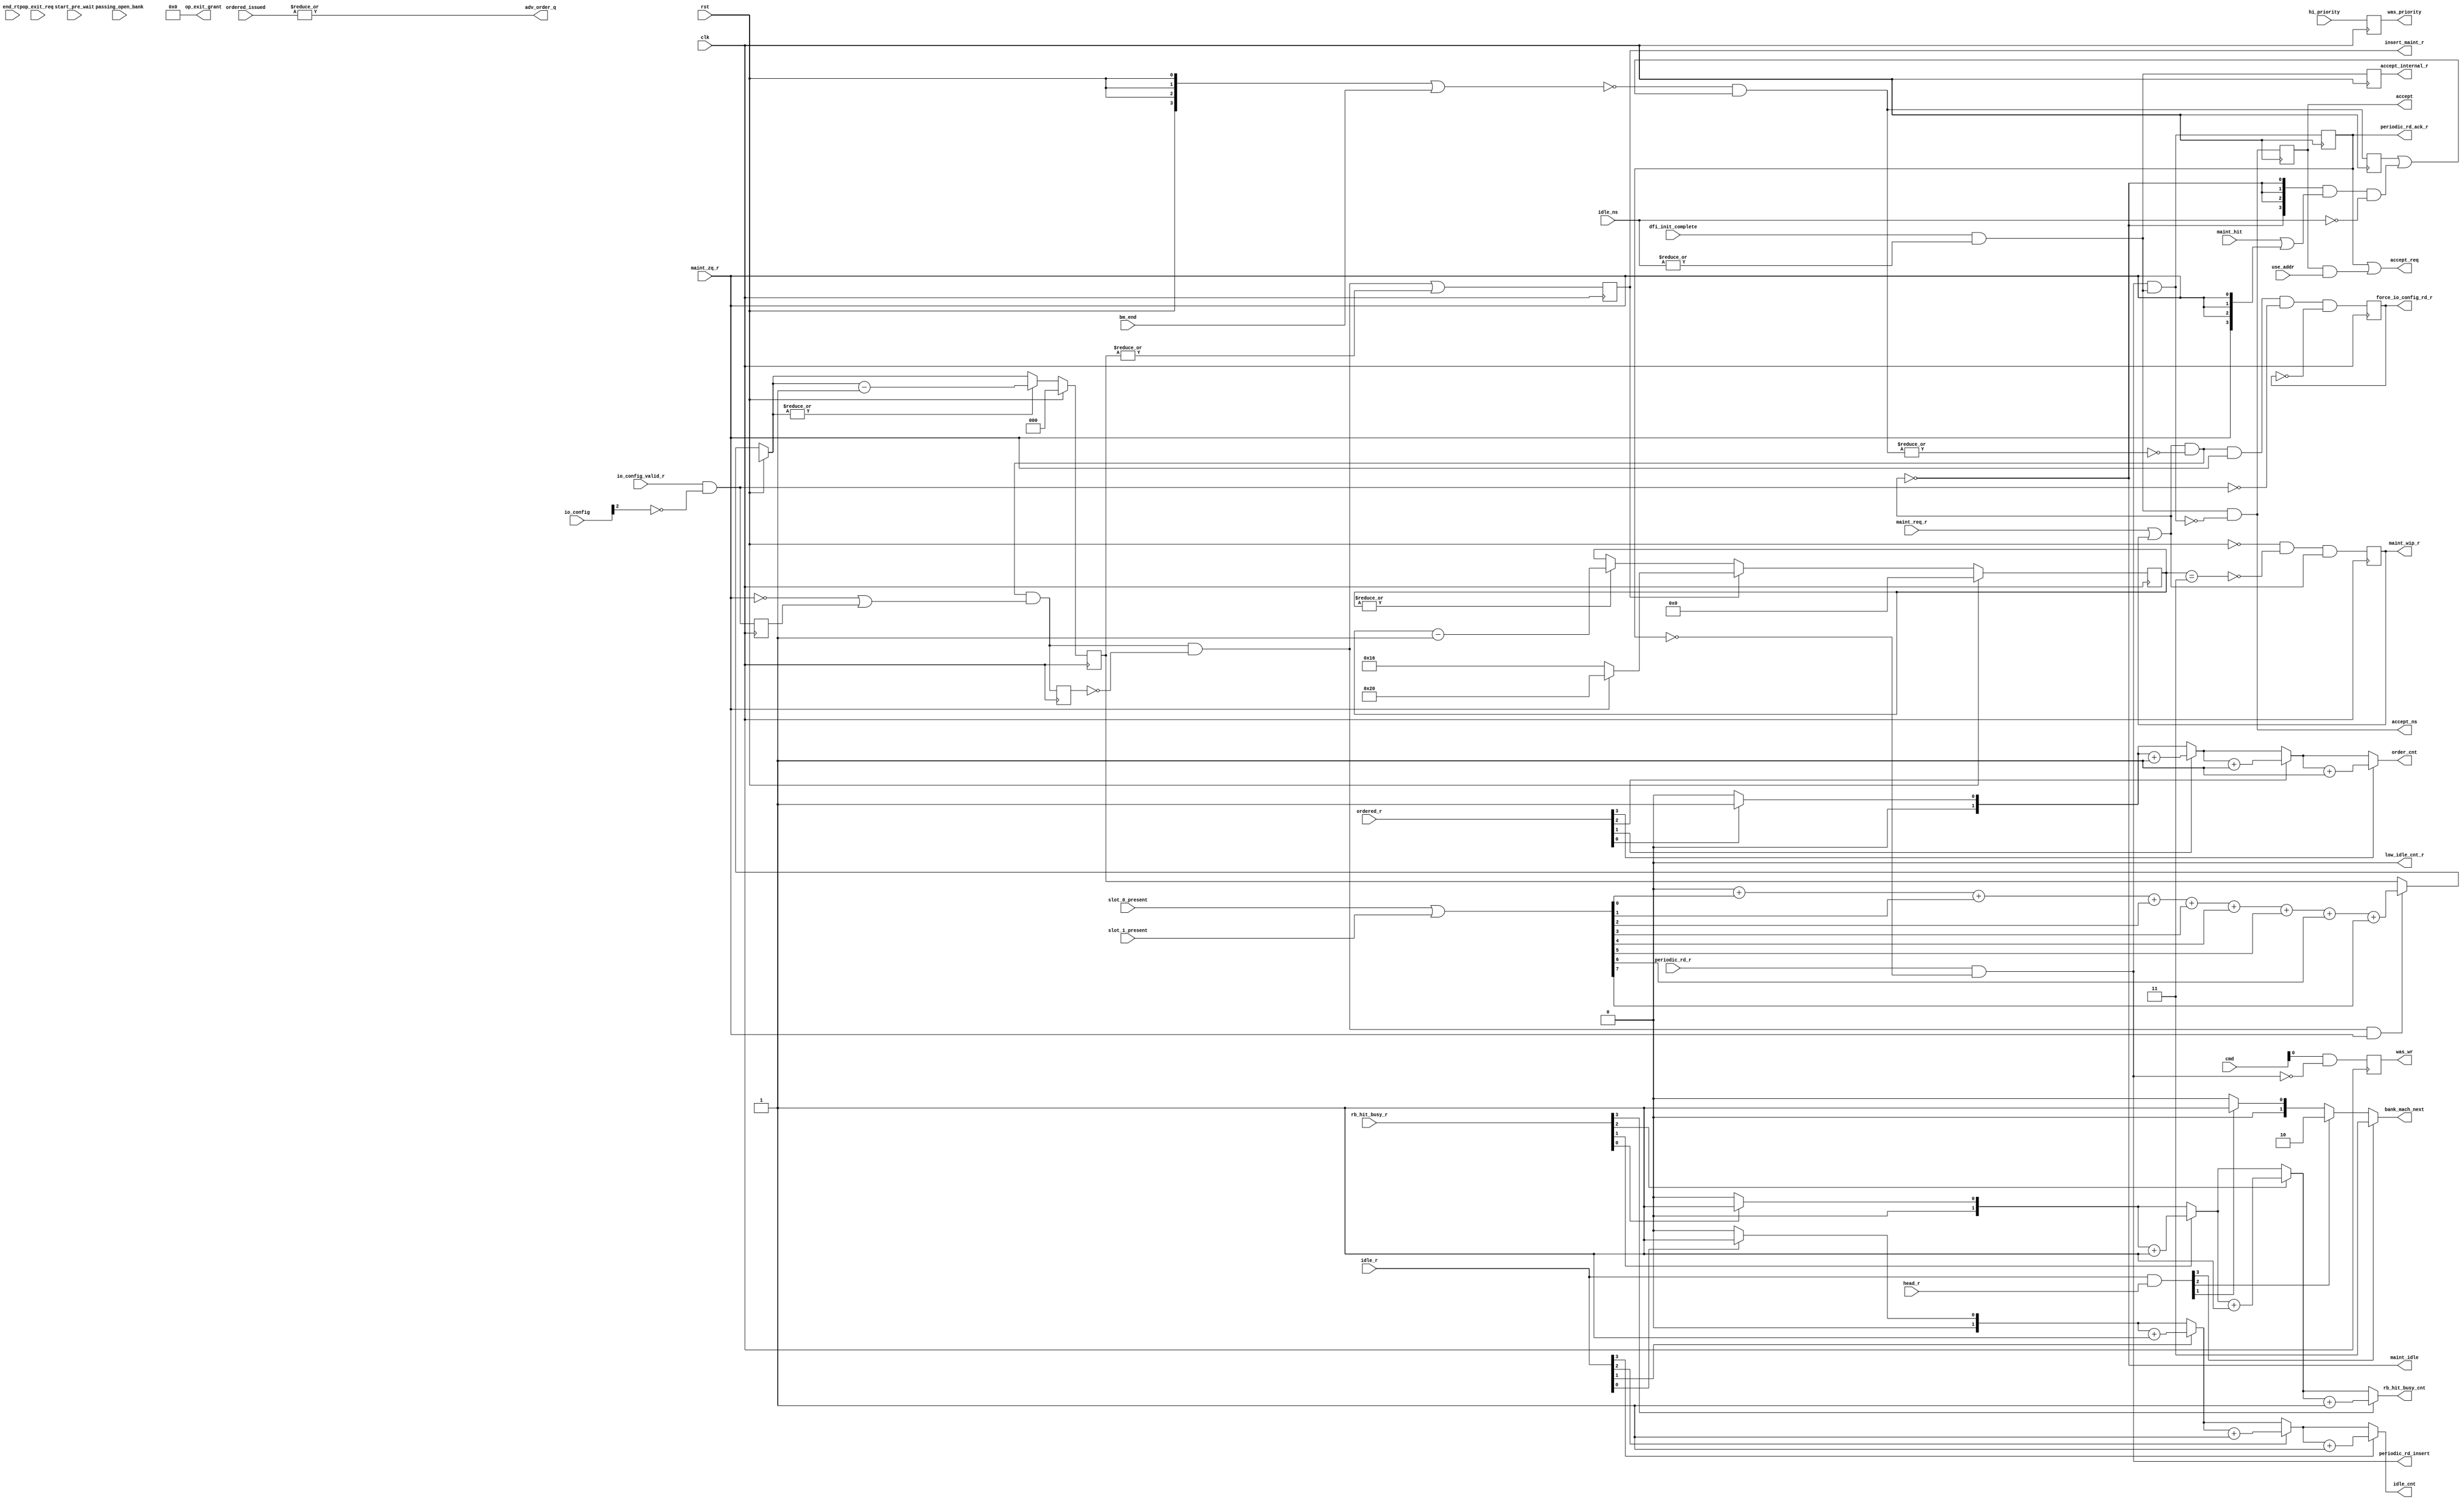
module bank_common #
  (
   parameter TCQ = 100,
   parameter BM_CNT_WIDTH             = 2,
   parameter LOW_IDLE_CNT             = 1,
   parameter nBANK_MACHS              = 4,
   parameter nCK_PER_CLK              = 2,
   parameter nOP_WAIT                 = 0,
   parameter nRFC                     = 44,
   parameter RANK_WIDTH               = 2,
   parameter RANKS                    = 4,
   parameter CWL                      = 5, //Added to fix CR #528228
   parameter tZQCS                    = 64
  )
  (/*AUTOARG*/
  // Outputs
  accept_internal_r, accept_ns, accept, periodic_rd_insert,
  periodic_rd_ack_r, accept_req, rb_hit_busy_cnt, idle_cnt, order_cnt,
  adv_order_q, bank_mach_next, op_exit_grant, low_idle_cnt_r, was_wr,
  was_priority, maint_wip_r, maint_idle, force_io_config_rd_r,
  insert_maint_r,
  // Inputs
  clk, rst, idle_ns, dfi_init_complete, periodic_rd_r, use_addr,
  rb_hit_busy_r, idle_r, ordered_r, ordered_issued, head_r, end_rtp,
  passing_open_bank, op_exit_req, start_pre_wait, cmd, hi_priority,
  maint_req_r, maint_zq_r, maint_hit, bm_end, io_config_valid_r,
  io_config, slot_0_present, slot_1_present
  );

  function integer clogb2 (input integer size); // ceiling logb2
    begin
      size = size - 1;
      for (clogb2=1; size>1; clogb2=clogb2+1)
            size = size >> 1;
    end
  endfunction // clogb2

  localparam ZERO = 0;
  localparam ONE = 1;
  localparam [BM_CNT_WIDTH-1:0] BM_CNT_ZERO = ZERO[0+:BM_CNT_WIDTH];
  localparam [BM_CNT_WIDTH-1:0] BM_CNT_ONE = ONE[0+:BM_CNT_WIDTH];

  input clk;
  input rst;

  input [nBANK_MACHS-1:0] idle_ns;
  input dfi_init_complete;
  wire accept_internal_ns = dfi_init_complete && |idle_ns;
  output reg accept_internal_r;
  always @(posedge clk) accept_internal_r <= accept_internal_ns;
  wire periodic_rd_ack_ns;
  wire accept_ns_lcl = accept_internal_ns && ~periodic_rd_ack_ns;
  output wire accept_ns;
  assign accept_ns = accept_ns_lcl;
  reg accept_r;
  always @(posedge clk) accept_r <= #TCQ accept_ns_lcl;

// Wire to user interface informing user that the request has been accepted.
  output wire accept;
  assign accept = accept_r;

`ifdef MC_SVA
  property none_idle;
    @(posedge clk) (dfi_init_complete && ~|idle_r);
  endproperty

  all_bank_machines_busy: cover property (none_idle);
`endif

// periodic_rd_insert tells everyone to mux in the periodic read.
  input periodic_rd_r;
  reg periodic_rd_ack_r_lcl;

  wire periodic_rd_insert_lcl = periodic_rd_r && ~periodic_rd_ack_r_lcl;
  output wire periodic_rd_insert;
  assign periodic_rd_insert = periodic_rd_insert_lcl;

// periodic_rd_ack_r acknowledges that the read has been accepted
// into the queue.
  assign periodic_rd_ack_ns = periodic_rd_insert_lcl && accept_internal_ns;
  always @(posedge clk) periodic_rd_ack_r_lcl <= #TCQ periodic_rd_ack_ns;
  output wire periodic_rd_ack_r;
  assign periodic_rd_ack_r = periodic_rd_ack_r_lcl;

// accept_req tells all q entries that a request has been accepted.
  input use_addr;
  wire accept_req_lcl = periodic_rd_ack_r_lcl || (accept_r && use_addr);
  output wire accept_req;
  assign accept_req = accept_req_lcl;

// Count how many non idle bank machines hit on the rank and bank.
  input [nBANK_MACHS-1:0] rb_hit_busy_r;
  output reg [BM_CNT_WIDTH-1:0] rb_hit_busy_cnt;
  integer i;
  always @(/*AS*/rb_hit_busy_r) begin
    rb_hit_busy_cnt = BM_CNT_ZERO;
    for (i = 0; i < nBANK_MACHS; i = i + 1)
      if (rb_hit_busy_r[i]) rb_hit_busy_cnt = rb_hit_busy_cnt + BM_CNT_ONE;
  end

// Count the number of idle bank machines.
  input [nBANK_MACHS-1:0] idle_r;
  output reg [BM_CNT_WIDTH-1:0] idle_cnt;
  always @(/*AS*/idle_r) begin
    idle_cnt = BM_CNT_ZERO;
    for (i = 0; i < nBANK_MACHS; i = i + 1)
      if (idle_r[i]) idle_cnt = idle_cnt + BM_CNT_ONE;
  end

// Count the number of bank machines in the ordering queue.
  input [nBANK_MACHS-1:0] ordered_r;
  output reg [BM_CNT_WIDTH-1:0] order_cnt;
  always @(/*AS*/ordered_r) begin
    order_cnt = BM_CNT_ZERO;
    for (i = 0; i < nBANK_MACHS; i = i + 1)
      if (ordered_r[i]) order_cnt = order_cnt + BM_CNT_ONE;
  end

  input [nBANK_MACHS-1:0] ordered_issued;
  output wire adv_order_q;
  assign adv_order_q = |ordered_issued;

// Figure out which bank machine is going to accept the next request.
  input [nBANK_MACHS-1:0] head_r;
  wire [nBANK_MACHS-1:0] next = idle_r & head_r;
  output reg[BM_CNT_WIDTH-1:0] bank_mach_next;
  always @(/*AS*/next) begin
     bank_mach_next = BM_CNT_ZERO;
    for (i = 0; i <= nBANK_MACHS-1; i = i + 1)
      if (next[i]) bank_mach_next = i[BM_CNT_WIDTH-1:0];
  end

  input [nBANK_MACHS-1:0] end_rtp;
  input [nBANK_MACHS-1:0] passing_open_bank;
  input [nBANK_MACHS-1:0] op_exit_req;
  output wire [nBANK_MACHS-1:0] op_exit_grant;
  output reg low_idle_cnt_r = 1'b0;
  input [nBANK_MACHS-1:0] start_pre_wait;

  generate
// In support of open page mode, the following logic
// keeps track of how many "idle" bank machines there
// are.  In this case, idle means a bank machine is on
// the idle list, or is in the process of precharging and
// will soon be idle.
    if (nOP_WAIT == 0) begin : op_mode_disabled
      assign op_exit_grant = {nBANK_MACHS{1'b0}};
    end

    else begin : op_mode_enabled
      reg [BM_CNT_WIDTH:0] idle_cnt_r;
      reg [BM_CNT_WIDTH:0] idle_cnt_ns;
      always @(/*AS*/accept_req_lcl or idle_cnt_r or passing_open_bank
               or rst or start_pre_wait)
        if (rst) idle_cnt_ns = nBANK_MACHS;
        else begin
          idle_cnt_ns = idle_cnt_r - accept_req_lcl;
          for (i = 0; i <= nBANK_MACHS-1; i = i + 1) begin
            idle_cnt_ns = idle_cnt_ns + passing_open_bank[i];
          end
          idle_cnt_ns = idle_cnt_ns + |start_pre_wait;
        end
      always @(posedge clk) idle_cnt_r <= #TCQ idle_cnt_ns;
      wire low_idle_cnt_ns = (idle_cnt_ns <= LOW_IDLE_CNT[0+:BM_CNT_WIDTH]);
      always @(posedge clk) low_idle_cnt_r <= #TCQ low_idle_cnt_ns;

// This arbiter determines which bank machine should transition
// from open page wait to precharge.  Ideally, this process
// would take the oldest waiter, but don't have any reasonable
// way to implement that.  Instead, just use simple round robin
// arb with the small enhancement that the most recent bank machine
// to enter open page wait is given lowest priority in the arbiter.

  wire upd_last_master = |end_rtp;  // should be one bit set at most
  round_robin_arb #
    (.WIDTH                             (nBANK_MACHS))
    op_arb0
    (.grant_ns                          (op_exit_grant[nBANK_MACHS-1:0]),
     .grant_r                           (),
     .upd_last_master                   (upd_last_master),
     .current_master                    (end_rtp[nBANK_MACHS-1:0]),
     .clk                               (clk),
     .rst                               (rst),
     .req                               (op_exit_req[nBANK_MACHS-1:0]),
     .disable_grant                     (1'b0));

    end
  endgenerate

// Register some command information.  This information will be used
// by the bank machines to figure out if there is something behind it
// in the queue that require hi priority.

  input [2:0] cmd;
  output reg was_wr;
  always @(posedge clk) was_wr <= #TCQ
             cmd[0] && ~(periodic_rd_r && ~periodic_rd_ack_r_lcl);

  input hi_priority;
  output reg was_priority;
  always @(posedge clk) was_priority <= #TCQ hi_priority;


// DRAM maintenance (refresh and ZQ) controller

  input maint_req_r;
  reg maint_wip_r_lcl;
  output wire maint_wip_r;
  assign maint_wip_r = maint_wip_r_lcl;
  wire maint_idle_lcl;
  output wire maint_idle;
  assign maint_idle = maint_idle_lcl;
  input maint_zq_r;
  input [nBANK_MACHS-1:0] maint_hit;
  input [nBANK_MACHS-1:0] bm_end;
  input io_config_valid_r;
  input [RANK_WIDTH:0] io_config;
  wire start_maint;
  wire maint_end;
  output wire force_io_config_rd_r;

  generate begin : maint_controller

// Idle when not (maintenance work in progress (wip), OR maintenance
// starting tick).
      assign maint_idle_lcl = ~(maint_req_r || maint_wip_r_lcl);

// Maintenance work in progress starts with maint_reg_r tick, terminated
// with maint_end tick.  maint_end tick is generated by the RFC ZQ timer below.
      wire maint_wip_ns =
            ~rst && ~maint_end && (maint_wip_r_lcl || maint_req_r);
      always @(posedge clk) maint_wip_r_lcl <= #TCQ maint_wip_ns;

// Keep track of which bank machines hit on the maintenance request
// when the request is made.  As bank machines complete, an assertion
// of the bm_end signal clears the correspoding bit in the
// maint_hit_busies_r vector.   Eventually, all bits should clear and
// the maintenance operation will proceed.  ZQ hits on all
// non idle banks.  Refresh hits only on non idle banks with the same rank as
// the refresh request.
      wire [nBANK_MACHS-1:0] clear_vector = {nBANK_MACHS{rst}} | bm_end;
      wire [nBANK_MACHS-1:0] maint_zq_hits = {nBANK_MACHS{maint_idle_lcl}} &
                            (maint_hit | {nBANK_MACHS{maint_zq_r}}) & ~idle_ns;
      reg [nBANK_MACHS-1:0] maint_hit_busies_r;
      wire [nBANK_MACHS-1:0] maint_hit_busies_ns =
                       ~clear_vector & (maint_hit_busies_r | maint_zq_hits);
      always @(posedge clk) maint_hit_busies_r <= #TCQ maint_hit_busies_ns;


// Look to see if io_config is in read mode.
      wire io_config_rd = io_config_valid_r && ~io_config[RANK_WIDTH];
	  //Added to fix CR #528228
	  //Adding extra register stages to delay the maintainence
	  //commands from beign applied on the dfi interface bus.
	  //This is done to compensate the delays added to ODT logic
	  //in the mem_infc module.
	  reg io_config_rd_r;
	  reg io_config_rd_r1;
	  wire io_config_rd_delayed;
	  always @(posedge clk) begin
	  	io_config_rd_r  <= io_config_rd;
		io_config_rd_r1 <= io_config_rd_r;
	  end
	  assign io_config_rd_delayed = (CWL >= 7) ? io_config_rd_r1:
	                                             io_config_rd_r;

// Queue is clear of requests conflicting with maintenance.
      wire maint_clear = ~maint_idle_lcl && ~|maint_hit_busies_ns;

// Force io_config to read mode for ZQ.  This insures the DQ
// bus is hi Z.
      reg force_io_config_rd_r_lcl;
      wire force_io_config_rd_ns = 
     maint_clear && maint_zq_r && ~io_config_rd && ~force_io_config_rd_r_lcl;
      always @(posedge clk) force_io_config_rd_r_lcl <= 
                              #TCQ force_io_config_rd_ns;
      assign force_io_config_rd_r = force_io_config_rd_r_lcl;
    

// Ready to start sending maintenance commands.
    wire maint_rdy = maint_clear && (~maint_zq_r || io_config_rd_delayed);
    reg maint_rdy_r1;
    always @(posedge clk) maint_rdy_r1 <= #TCQ maint_rdy;
    assign start_maint = maint_rdy && ~maint_rdy_r1;

    end // block: maint_controller
  endgenerate


// Figure out how many maintenance commands to send, and send them.
  input [7:0] slot_0_present;
  input [7:0] slot_1_present;
  reg insert_maint_r_lcl;
  output wire insert_maint_r;
  assign insert_maint_r = insert_maint_r_lcl;

  generate begin : generate_maint_cmds

// Count up how many slots are occupied.  This tells
// us how many ZQ commands to send out.
      reg [RANK_WIDTH:0] present_count;
      wire [7:0] present = slot_0_present | slot_1_present;
      always @(/*AS*/present) begin
        present_count = {RANK_WIDTH{1'b0}};
        for (i=0; i<8; i=i+1)
          present_count = present_count + {{RANK_WIDTH{1'b0}}, present[i]};
      end

// For refresh, there is only a single command sent.  For
// ZQ, each rank present will receive a ZQ command.  The counter
// below counts down the number of ranks present.
      reg [RANK_WIDTH:0] send_cnt_ns;
      reg [RANK_WIDTH:0] send_cnt_r;
      always @(/*AS*/maint_zq_r or present_count or rst or send_cnt_r
               or start_maint)
        if (rst) send_cnt_ns = 4'b0;
        else begin
          send_cnt_ns = send_cnt_r;
          if (start_maint && maint_zq_r) send_cnt_ns = present_count;
          if (|send_cnt_ns)
            send_cnt_ns = send_cnt_ns - ONE[RANK_WIDTH-1:0];
        end
      always @(posedge clk) send_cnt_r <= #TCQ send_cnt_ns;

// Insert a maintenance command for start_maint, or when the sent count
// is not zero.
      wire insert_maint_ns = start_maint || |send_cnt_r;

      always @(posedge clk) insert_maint_r_lcl <= #TCQ insert_maint_ns;
    end // block: generate_maint_cmds
  endgenerate


// RFC ZQ timer.  Generates delay from refresh or ZQ command until
// the end of the maintenance operation.

// Compute values for RFC and ZQ periods.
  localparam nRFC_CLKS = (nCK_PER_CLK == 1) ? nRFC : ((nRFC/2) + (nRFC%2));
  localparam nZQCS_CLKS = (nCK_PER_CLK == 1) ? tZQCS : ((tZQCS/2) + (tZQCS%2));
  localparam RFC_ZQ_TIMER_WIDTH = (nZQCS_CLKS > nRFC_CLKS)
                                    ? clogb2(nZQCS_CLKS + 1)
                                    : clogb2(nRFC_CLKS + 1);
  localparam THREE = 3;

  generate begin : rfc_zq_timer

      reg [RFC_ZQ_TIMER_WIDTH-1:0] rfc_zq_timer_ns;
      reg [RFC_ZQ_TIMER_WIDTH-1:0] rfc_zq_timer_r;

      always @(/*AS*/insert_maint_r_lcl or maint_zq_r
               or rfc_zq_timer_r or rst) begin
        rfc_zq_timer_ns = rfc_zq_timer_r;
        if (rst) rfc_zq_timer_ns = {RFC_ZQ_TIMER_WIDTH{1'b0}};
        else if (insert_maint_r_lcl) rfc_zq_timer_ns = maint_zq_r
                                                     ? nZQCS_CLKS
                                                     : nRFC_CLKS;
        else if (|rfc_zq_timer_r) rfc_zq_timer_ns =
                                  rfc_zq_timer_r - ONE[RFC_ZQ_TIMER_WIDTH-1:0];
      end
      always @(posedge clk) rfc_zq_timer_r <= #TCQ rfc_zq_timer_ns;

// Based on rfc_zq_timer_r, figure out when to release any bank
// machines waiting to send an activate.  Need to add two to the end count.
// One because the counter starts a state after the insert_refresh_r, and
// one more because bm_end to insert_refresh_r is one state shorter
// than bm_end to rts_row.
      assign maint_end = (rfc_zq_timer_r == THREE[RFC_ZQ_TIMER_WIDTH-1:0]);
    end // block: rfc_zq_timer
  endgenerate


endmodule